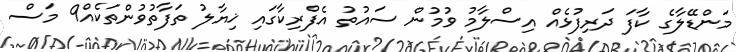
މަންޑޭލާގެ ކާފަ ދަރިފުޅެއް އިސްލާމު ވުމުން ސައުތު އެފްރިކާގައި ޚިޔާލު ތަފާތުވުންތަކެއް9 މަސް